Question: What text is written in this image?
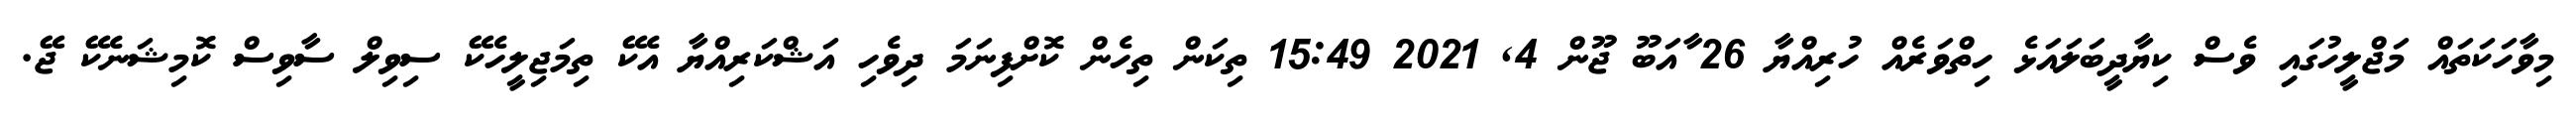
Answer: މިވާހަކަތައް މަޖްލީހުގައިި ވެސް ކިޔާދީބަލައަޅެ ހިތްވަރެއް ހުރިއްޔާ 26 ާއަބޫ ޖޫން 4, 2021 15:49 ތިކަން ތިހެން ކޮށްފިނަމަ ދިވެހި އަޝްކަރިއްޔާ އެކޭ ތިމަޖިލީހެކޭ ސިވިލް ސާވިސް ކޮމިޝަނެކޭ ޖޭ.